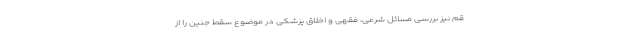
قم نیز بررسی مسائل شرعی، فقهی و اخلاق پزشکی در موضوع سقط جنین را از